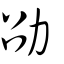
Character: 劭